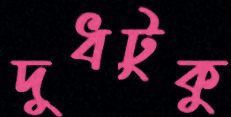
দুধটুকু